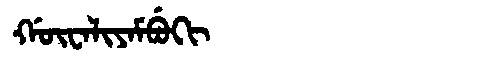
Manchu: ᡤᡡᠸᠠᠯᡳᠶᠠᠮᠪᡠᡴᡳ
Romanization: GŪWALIYAMBUKI